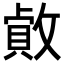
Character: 𢿓